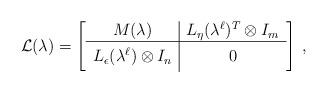
LaTeX: \begin{align*} \mathcal{L}(\lambda)= \left[ \begin{array}{c|c} M(\lambda) &L_{\eta}(\lambda^\ell)^{T}\otimes I_{m}\\\hline L_{\epsilon}(\lambda^\ell)\otimes I_{n}& \phantom{\Big{(}} 0 \phantom{\Big{(}} \end{array} \right] \>,\end{align*}